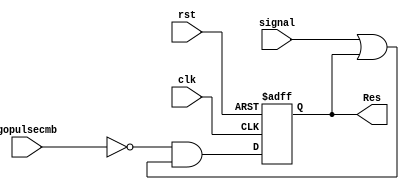
module reg_factorial(input clk, rst, gopulsecmb, signal,
                     output reg Res);
              
always @(posedge clk, posedge rst) begin

if(rst)
    Res <= 1'b0;
else
    Res <= (~gopulsecmb) & (signal|Res);
end
endmodule